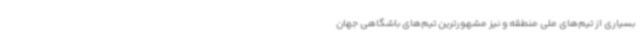
بسیاری از تیم‌های ملی منطقه و نیز مشهورترین تیم‌های باشگاهی جهان